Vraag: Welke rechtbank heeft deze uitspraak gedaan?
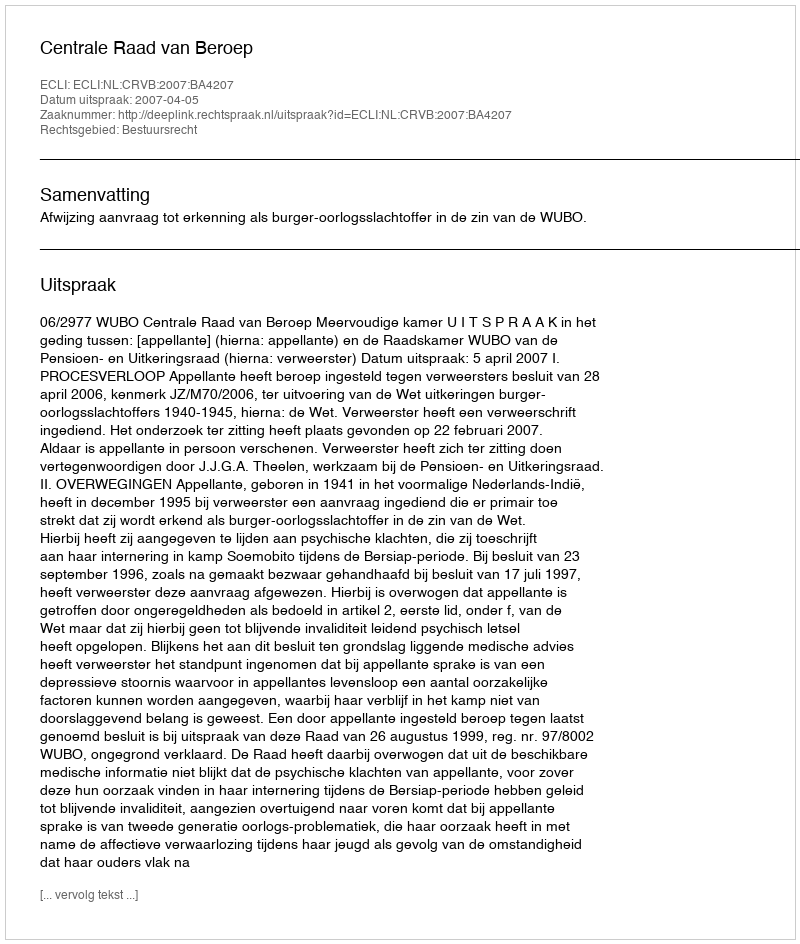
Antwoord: Centrale Raad van Beroep